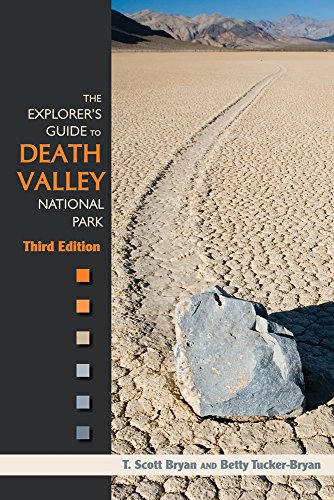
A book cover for The Explorer's Guide to Death Valley National Park, Third Edition; T. Scott Bryan; Travel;